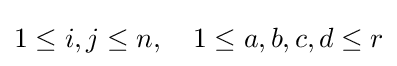
1\leq i,j\leq n,\quad 1\leq a,b,c,d\leq r